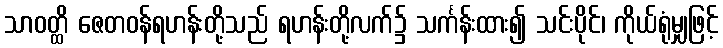
သာဝတ္ထိ ဇေတဝန်ရဟန်းတို့သည် ရဟန်းတို့လက်၌ သင်္ကန်းထား၍ သင်းပိုင်၊ ကိုယ်ရုံမျှဖြင့်